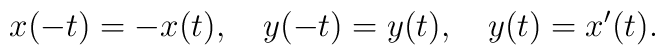
x(-t)=-x(t),\quad y(-t)=y(t),\quad y(t)=x^\prime(t).